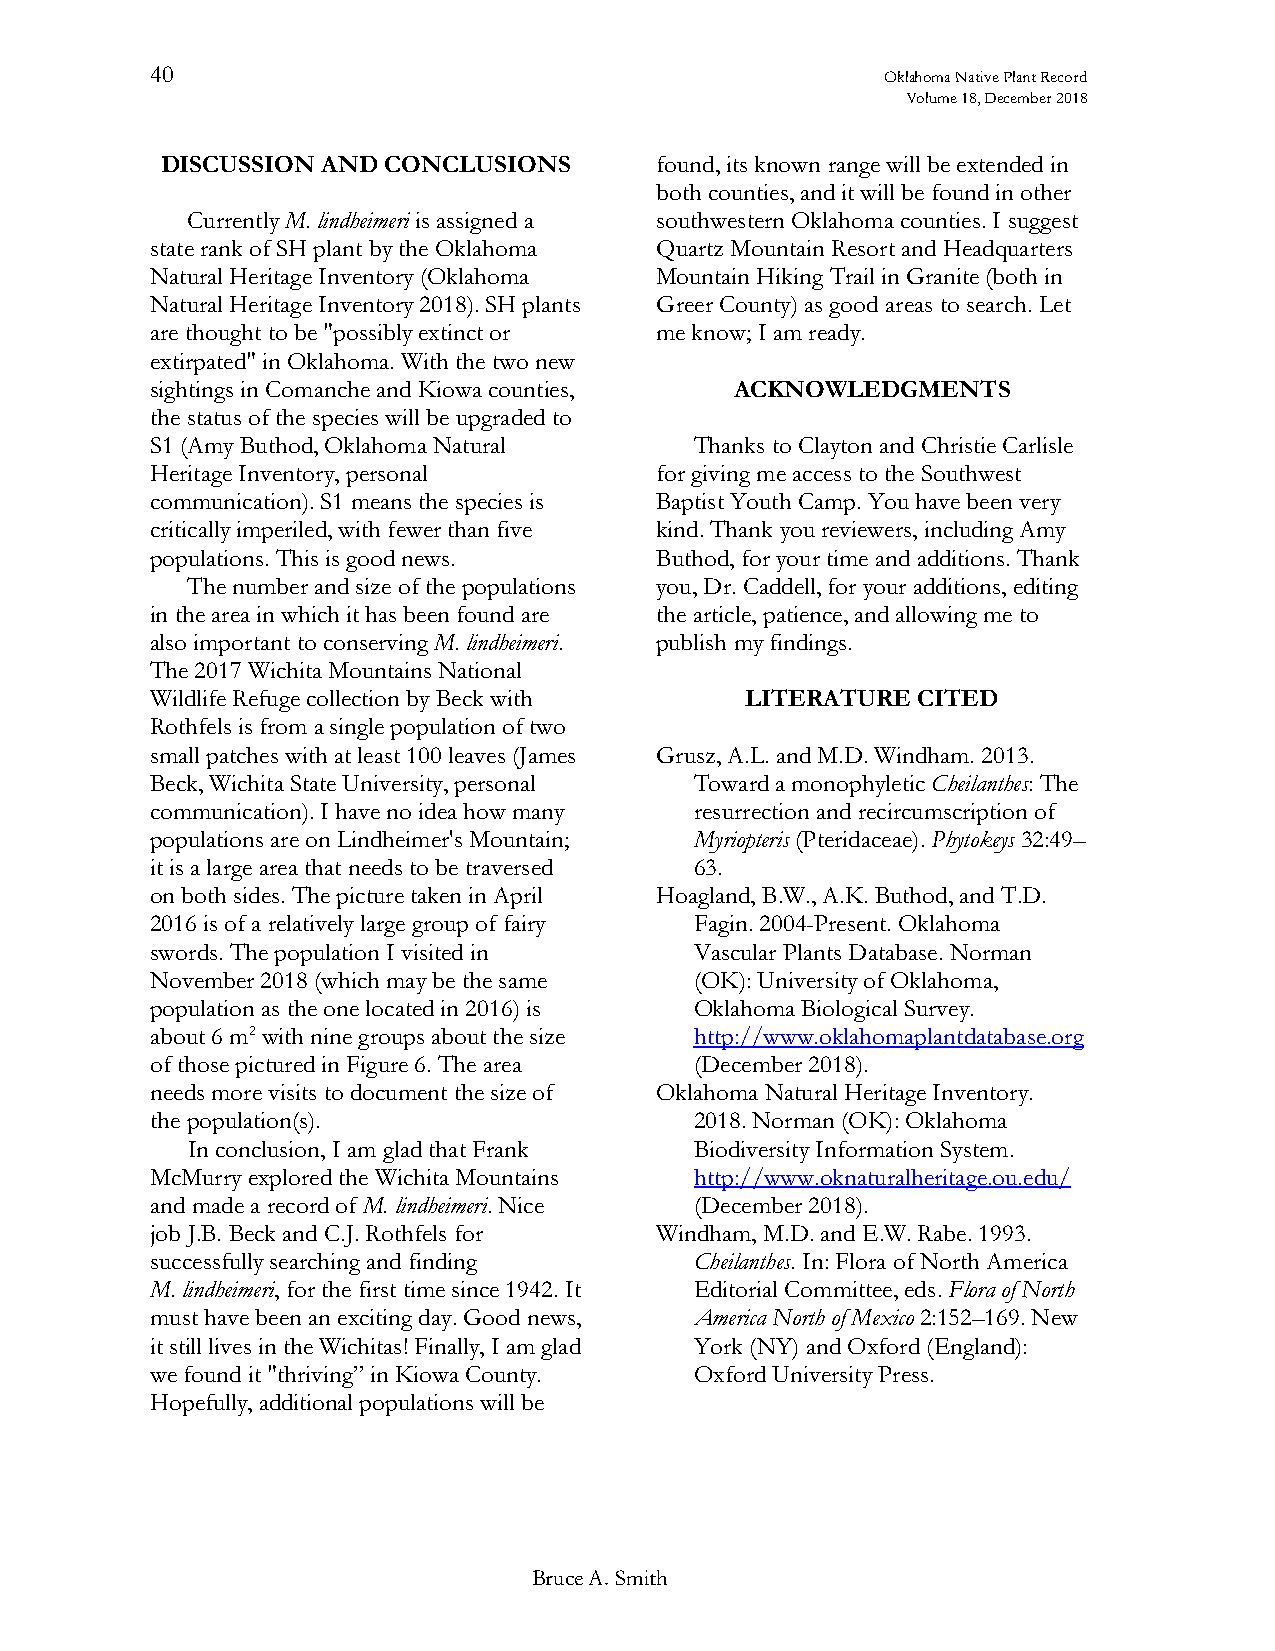
40                                               Oklahoma Native Plant Record
 Volume 18, December 2018
 DISCUSSION AND CONCLUSIONS      found, its known range will be extended in
 both counties, and it will be found in other
 Currently M. lindheimeri is assigned a southwestern Oklahoma counties. I suggest
 state rank of SH plant by the Oklahoma Quartz Mountain Resort and Headquarters
 Natural Heritage Inventory (Oklahoma Mountain Hiking Trail in Granite (both in
 Natural Heritage Inventory 2018). SH plants Greer County) as good areas to search. Let
 are thought to be "possibly extinct or me know; I am ready.
 extirpated" in Oklahoma. With the two new
 sightings in Comanche and Kiowa counties, ACKNOWLEDGMENTS
 the status of the species will be upgraded to
 S1 (Amy Buthod, Oklahoma Natural    Thanks to Clayton and Christie Carlisle
 Heritage Inventory, personal     for giving me access to the Southwest
 communication). S1 means the species is Baptist Youth Camp. You have been very
 critically imperiled, with fewer than five kind. Thank you reviewers, including Amy
 populations. This is good news.  Buthod, for your time and additions. Thank
 The number and size of the populations you, Dr. Caddell, for your additions, editing
 in the area in which it has been found are the article, patience, and allowing me to
 also important to conserving M. lindheimeri. publish my findings.
 The 2017 Wichita Mountains National
 Wildlife Refuge collection by Beck with LITERATURE CITED
 Rothfels is from a single population of two
 small patches with at least 100 leaves (James Grusz, A.L. and M.D. Windham. 2013.
 Beck, Wichita State University, personal Toward a monophyletic Cheilanthes: The
 communication). I have no idea how many resurrection and recircumscription of
 populations are on Lindheimer's Mountain; Myriopteris (Pteridaceae). Phytokeys 32:49–
 it is a large area that needs to be traversed 63.
 on both sides. The picture taken in April Hoagland, B.W., A.K. Buthod, and T.D.
 2016 is of a relatively large group of fairy Fagin. 2004-Present. Oklahoma
 swords. The population I visited in Vascular Plants Database. Norman
 November 2018 (which may be the same (OK): University of Oklahoma,
 population as the one located in 2016) is Oklahoma Biological Survey.
 about 6 m2 with nine groups about the size http://www.oklahomaplantdatabase.org
 of those pictured in Figure 6. The area (December 2018).
 needs more visits to document the size of Oklahoma Natural Heritage Inventory.
 the population(s).                  2018. Norman (OK): Oklahoma
 In conclusion, I am glad that Frank Biodiversity Information System.
 McMurry explored the Wichita Mountains http://www.oknaturalheritage.ou.edu/
 and made a record of M. lindheimeri. Nice (December 2018).
 job J.B. Beck and C.J. Rothfels for Windham, M.D. and E.W. Rabe. 1993.
 successfully searching and finding  Cheilanthes. In: Flora of North America
 M. lindheimeri, for the first time since 1942. It Editorial Committee, eds. Flora of North
 must have been an exciting day. Good news, America North of Mexico 2:152–169. New
 it still lives in the Wichitas! Finally, I am glad York (NY) and Oxford (England):
 we found it "thriving” in Kiowa County. Oxford University Press.
 Hopefully, additional populations will be
 Bruce A. Smith